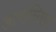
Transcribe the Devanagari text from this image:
अत्यान्तिक